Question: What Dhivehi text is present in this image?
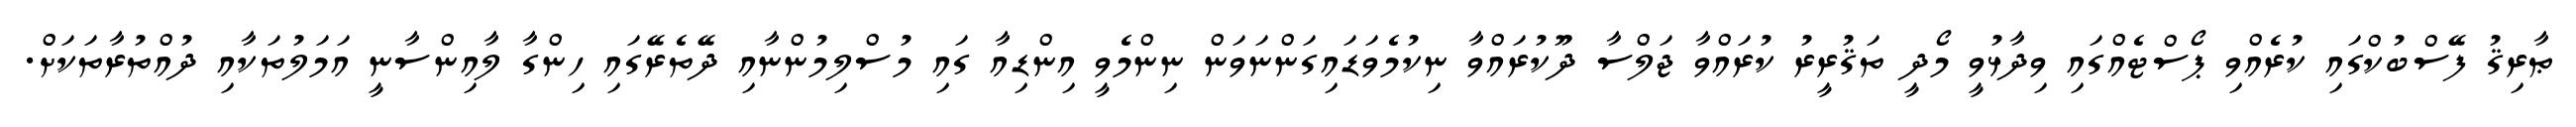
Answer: ޠާރިޤު ފޭސްބުކްގައި ކުރެއްވި ޕޯސްޓެއްގައި ވިދާޅުވީ މޯދީ ތަޤުރީރު ކުރައްވާ ޖަލްސާ ދޫކުރައްވާ ނިކުމެވަޑައިގަންނަވަން ނިންމެވީ އިންޑިއާ ގައި މުސްލިމުންނާއި ދޭތެރޭގައި ހިންގާ ލާއިންސާނީ އަމަލުތަކާއި ދުއްތުރާތަކަށް.